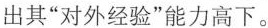
出其”对外经验”能力高下。